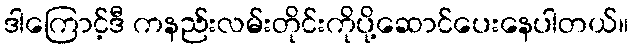
ဒါကြောင့်ဒီ ကနည်းလမ်းတိုင်းကိုပို့ဆောင်ပေးနေပါတယ်။